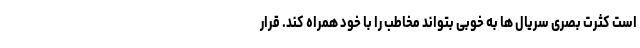
است کثرت بصری سریال ها به خوبی بتواند مخاطب را با خود همراه کند. قرار